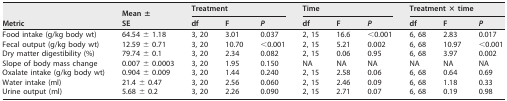
<table><thead><tr><td rowspan="2"><b>Metric</b></td><td rowspan="2"><b>Mean ±SE</b></td><td colspan="3"><b>Treatment</b></td><td colspan="3"><b>Time</b></td><td colspan="3"><b>Treatment × time</b></td></tr><tr><td><b>df</b></td><td><b>F</b></td><td><b><i>P</i></b></td><td><b>df</b></td><td><b>F</b></td><td><b><i>P</i></b></td><td><b>df</b></td><td><b>F</b></td><td><b><i>P</i></b></td></tr></thead><tbody><tr><td>Food intake (g/kg body wt)</td><td>64.54 ± 1.18</td><td>3, 20</td><td>3.01</td><td>0.037</td><td>2, 15</td><td>16.6</td><td>&lt;0.001</td><td>6, 68</td><td>2.83</td><td>0.017</td></tr><tr><td>Fecal output (g/kg body wt)</td><td>12.59 ± 0.71</td><td>3, 20</td><td>10.70</td><td>&lt;0.001</td><td>2, 15</td><td>5.21</td><td>0.002</td><td>6, 68</td><td>10.97</td><td>&lt;0.001</td></tr><tr><td>Dry matter digestibility (%)</td><td>79.74 ± 0.1</td><td>3, 20</td><td>2.34</td><td>0.082</td><td>2, 15</td><td>0.06</td><td>0.95</td><td>6, 68</td><td>3.97</td><td>0.002</td></tr><tr><td>Slope of body mass change</td><td>0.007 ± 0.0003</td><td>3, 20</td><td>1.95</td><td>0.150</td><td>NA</td><td>NA</td><td>NA</td><td>NA</td><td>NA</td><td>NA</td></tr><tr><td>Oxalate intake (g/kg body wt)</td><td>0.904 ± 0.009</td><td>3, 20</td><td>1.44</td><td>0.240</td><td>2, 15</td><td>2.58</td><td>0.06</td><td>6, 68</td><td>0.64</td><td>0.69</td></tr><tr><td>Water intake (ml)</td><td>21.4 ± 0.47</td><td>3, 20</td><td>2.56</td><td>0.060</td><td>2, 15</td><td>2.46</td><td>0.09</td><td>6, 68</td><td>1.18</td><td>0.33</td></tr><tr><td>Urine output (ml)</td><td>5.68 ± 0.2</td><td>3, 20</td><td>2.26</td><td>0.090</td><td>2, 15</td><td>2.71</td><td>0.07</td><td>6, 68</td><td>0.19</td><td>0.98</td></tr></tbody></table>